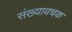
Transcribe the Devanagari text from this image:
संख्यावचक